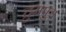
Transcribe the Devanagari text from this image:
द्रुमपुत्र